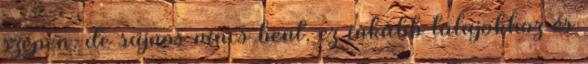
szépen, de sajnos nincs bent, ez inkább talajokhoz és